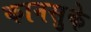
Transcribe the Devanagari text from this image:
कानसुके